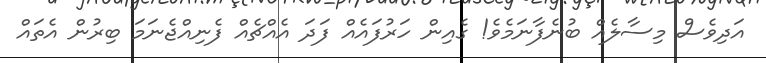
އަދިވެސް މިސާލެއް ބުނެފާނަމެވެ! ގެއިން ހަރުފައެއް ފަދަ އެއްޗެއް ފެނިއްޖެނަމަ ބިރުން އެތައް